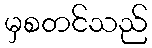
မှစတင်သည်